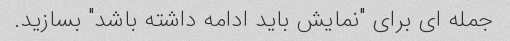
جمله ای برای "نمایش باید ادامه داشته باشد" بسازید.